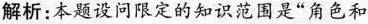
解析：本题设问限定的知识范围是“角色和